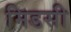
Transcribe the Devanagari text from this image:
मिडसी